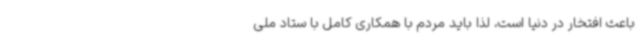
باعث افتخار در دنیا است، لذا باید مردم با همکاری کامل با ستاد ملی